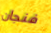
فنجان